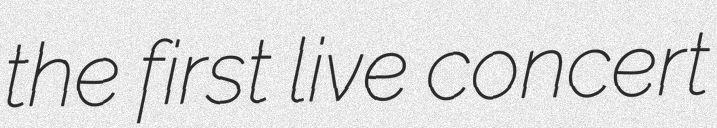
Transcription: the first live concert